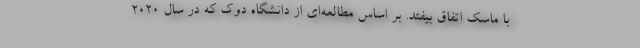
با ماسک اتفاق بیفتد. بر اساس مطالعه‌ای از دانشگاه دوک که در سال ۲۰۲۰